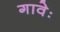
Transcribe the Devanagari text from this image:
गावेः